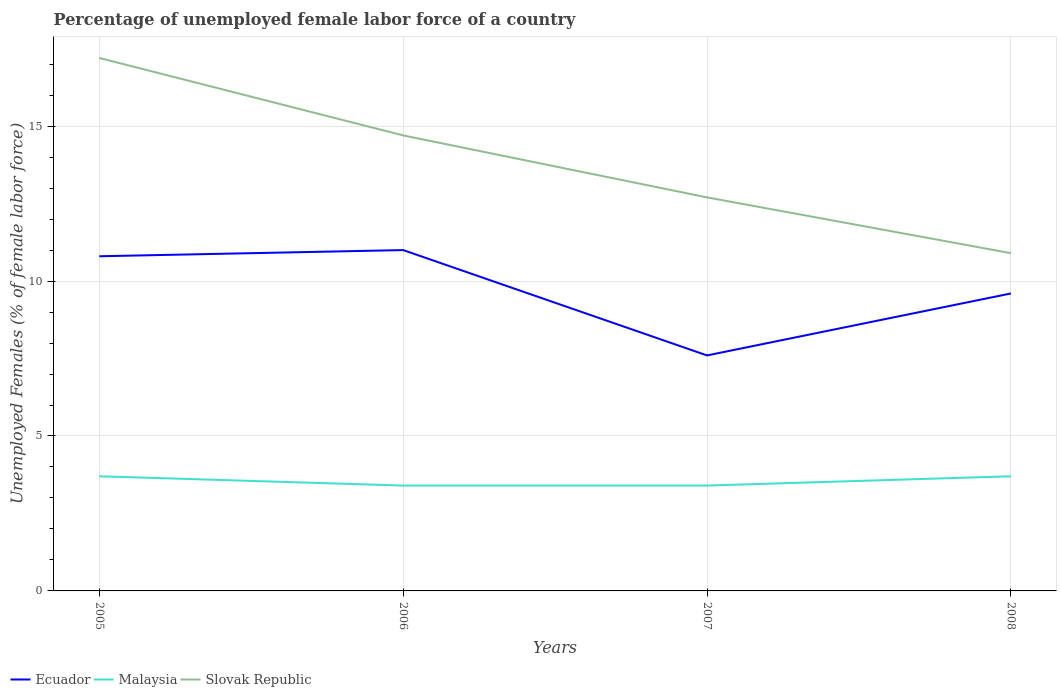
| Years | Ecuador | Malaysia | Slovak Republic |
 | --- | --- | --- | --- |
 | 2005 | 10.8 | 3.7 | 17.2 |
 | 2006 | 11 | 3.4 | 14.7 |
 | 2007 | 7.6 | 3.4 | 12.7 |
 | 2008 | 9.6 | 3.7 | 10.9 |